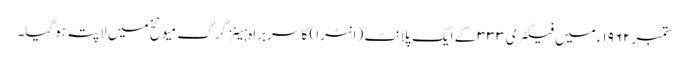
ستمبر ۱۹۶۲ء میں فیکٹری ۳۳۳ کے ایک پلانٹ (انٹرا) کا سربراہ ہینز گرگ میونخ میں لاپتہ ہوگیا۔